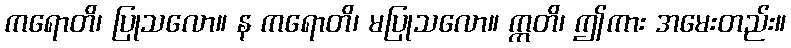
ကရောတိ၊ ပြုသလော။ န ကရောတိ၊ မပြုသလော။ ဣတိ၊ ဤကား အမေးတည်း။